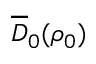
\overline { { D } } _ { 0 } ( \rho _ { 0 } )